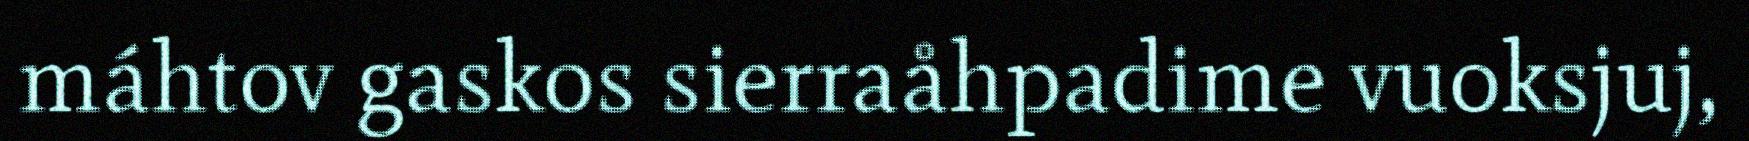
máhtov gaskos sierraåhpadime vuoksjuj,